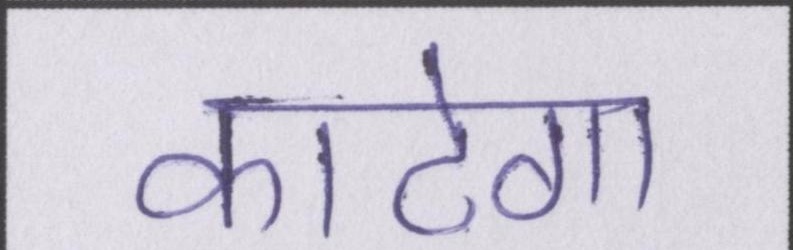
काटेगा